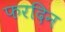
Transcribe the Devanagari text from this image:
फरदिन